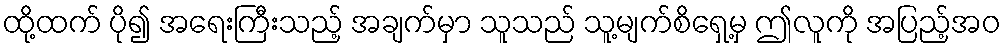
ထို့ထက် ပို၍ အရေးကြီးသည့် အချက်မှာ သူသည် သူ့မျက်စိရှေ့မှ ဤလူကို အပြည့်အဝ